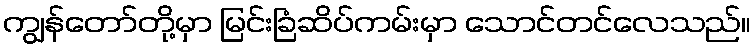
ကျွန်တော်တို့မှာ မြင်းခြံဆိပ်ကမ်းမှာ သောင်တင်လေသည်။